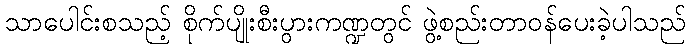
သာပေါင်းစသည့် စိုက်ပျိုးစီးပွားကဏ္ဍတွင် ဖွဲ့စည်းတာဝန်ပေးခဲ့ပါသည်